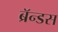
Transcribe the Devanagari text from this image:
ब्रॅन्डस